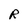
Character: R